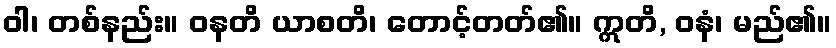
ဝါ၊ တစ်နည်း။ ဝနတိ ယာစတိ၊ တောင့်တတ်၏။ ဣတိ, ဝနံ၊ မည်၏။